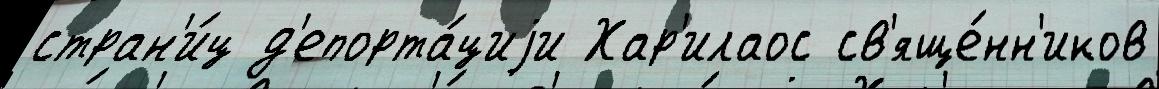
стран'и́ц д'епорта́циjи Хар'илаос св'яще́нн'иков